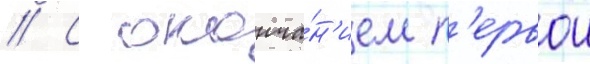
// С оконча́н'ием п'ервои